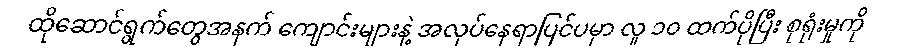
ထိုဆောင်ရွက်တွေအနက် ကျောင်းများနဲ့ အလုပ်နေရာပြင်ပမှာ လူ ၁၀ ထက်ပိုပြီး စုရုံးမှုကို